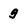
Character: g